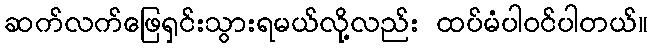
ဆက်လက်ဖြေရှင်းသွားရမယ်လို့လည်း ထပ်မံပါဝင်ပါတယ်။